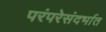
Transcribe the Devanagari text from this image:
परंपरेसंदर्भात